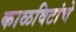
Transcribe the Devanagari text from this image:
काळविटांचे